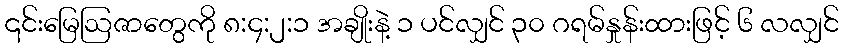
၎င်းမြေဩဇာတွေကို ၈:၄:၂:၁ အချိုးနဲ့ ၁ ပင်လျှင် ၃၀ ဂရမ်နှုန်းထားဖြင့် ၆ လလျှင်